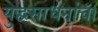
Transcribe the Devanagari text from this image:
युद्धसाधनांचा